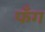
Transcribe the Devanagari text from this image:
फँग